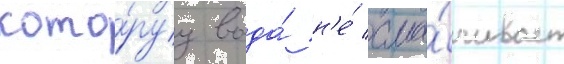
кото́руу вода́ н'е́ сма́чивает